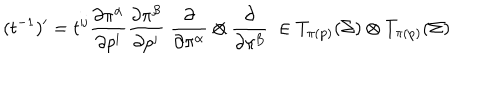
( t ^ { - 1 } ) ^ { \prime } = t ^ { \mathrm { i j } } { \frac { \partial \pi ^ { \alpha } } { \partial p ^ { \mathrm { i } } } } { \frac { \partial \pi ^ { \beta } } { \partial p ^ { \mathrm { j } } } } \; { \frac { \partial } { \partial \pi ^ { \alpha } } } \otimes { \frac { \partial } { \partial \pi ^ { \beta } } } \; \in T _ { \pi ( \mathrm { p } ) } ( \Sigma ) \otimes T _ { \pi ( \mathrm { p } ) } ( \Sigma )